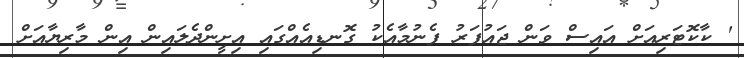
' ކާކޮޓަރިއަށް އައިސް ވަން ޖައުފަރު ފެނުމާއެކު ގޮނޑިއެއްގައި އިށީންދެލައިން އިން މާރިޔާއަށް